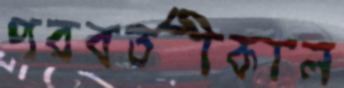
পরবর্তীকাল